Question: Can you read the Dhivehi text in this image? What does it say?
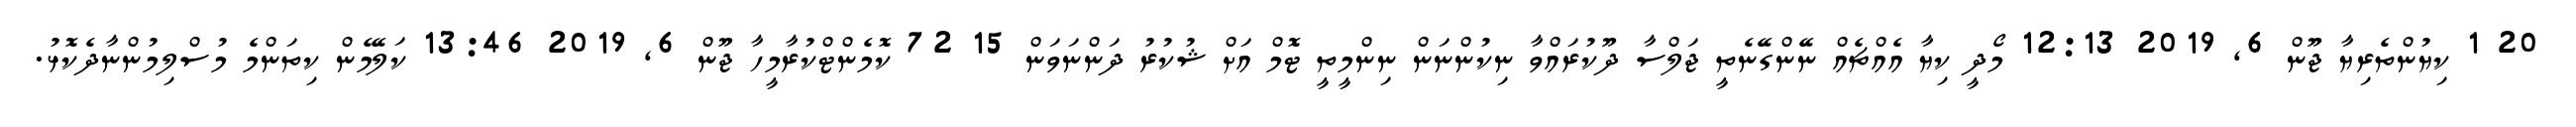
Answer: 20 1 ކިޔުންތެރިޔާ ޖޫން 6, 2019 12:13 މޯދީ ކިޔާ އެއްޗެއް ނޭންގޭނެތީ ޖަލްސާ ދޫކުރައްވާ ނިކުންނަން ނިންމީތީ ޓޮމް އަށް ޝުކުރު ދަންނަވަން 15 72 ކޮމެންޓްކުރާމީހާ ޖޫން 6, 2019 13:46 ކަލޭމެން ކިތަންމެ މުސްލިމުންނާދެކޮޅު.